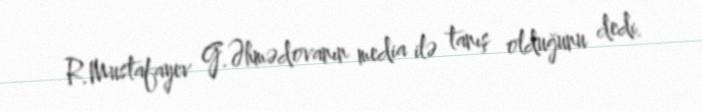
R.Mustafayev G.Əhmədovanın media ilə tanış olduğunu dedi.